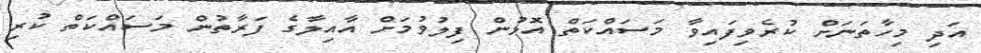
އަދި މިހާތަނަށް ކުރެވިފައިވާ މަސައްކަތް އޮޅުން ފިލުވުމަށް އާއިލާގެ ފަރާތުން މަސައްކަތް ކުރި